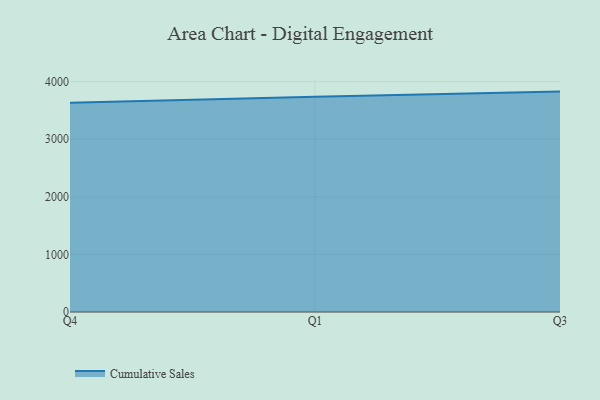
{"axis": {"x": "Quarter", "y": "Bounce Rate (%)"}, "legend": ["Cumulative Sales"], "data": [{"x": "Q4", "y": 3632.5, "type": "Cumulative Sales"}, {"x": "Q1", "y": 3737.1, "type": "Cumulative Sales"}, {"x": "Q3", "y": 3827.3, "type": "Cumulative Sales"}]}